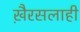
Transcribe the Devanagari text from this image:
खै़रसलाही